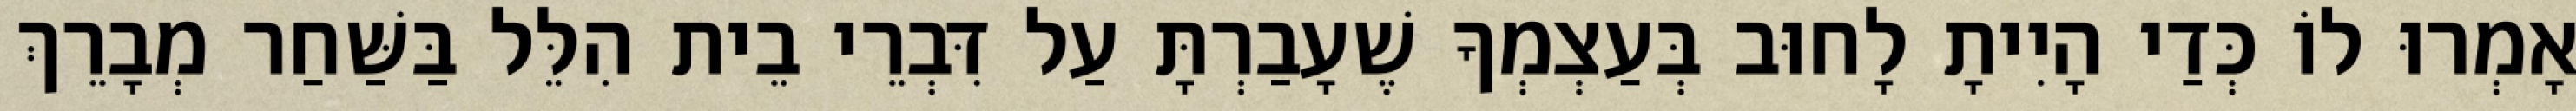
אָמְרוּ לוֹ כְּדַי הָיִיתָ לָחוּב בְּעַצְמְךָ שֶׁעָבַרְתָּ עַל דִּבְרֵי בֵית הִלֵּל בַּשַּׁחַר מְבָרֵךְ